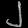
Digit: ၂